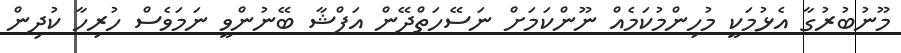
މޫނުބުރުގާ އެޅުމަކީ މުހިންމުކަމެއް ނޫންކަމަށް ނަސޭހަތްދޭން އަފްޝާ ބޭނުންވީ ނަމަވެސް ހުރިހާ ކުދިން